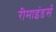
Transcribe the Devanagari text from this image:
रीमाइंडर्स